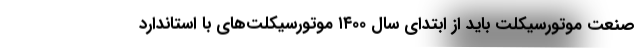
صنعت موتورسیکلت باید از ابتدای سال ۱۴۰۰ موتورسیکلت‌های با استاندارد